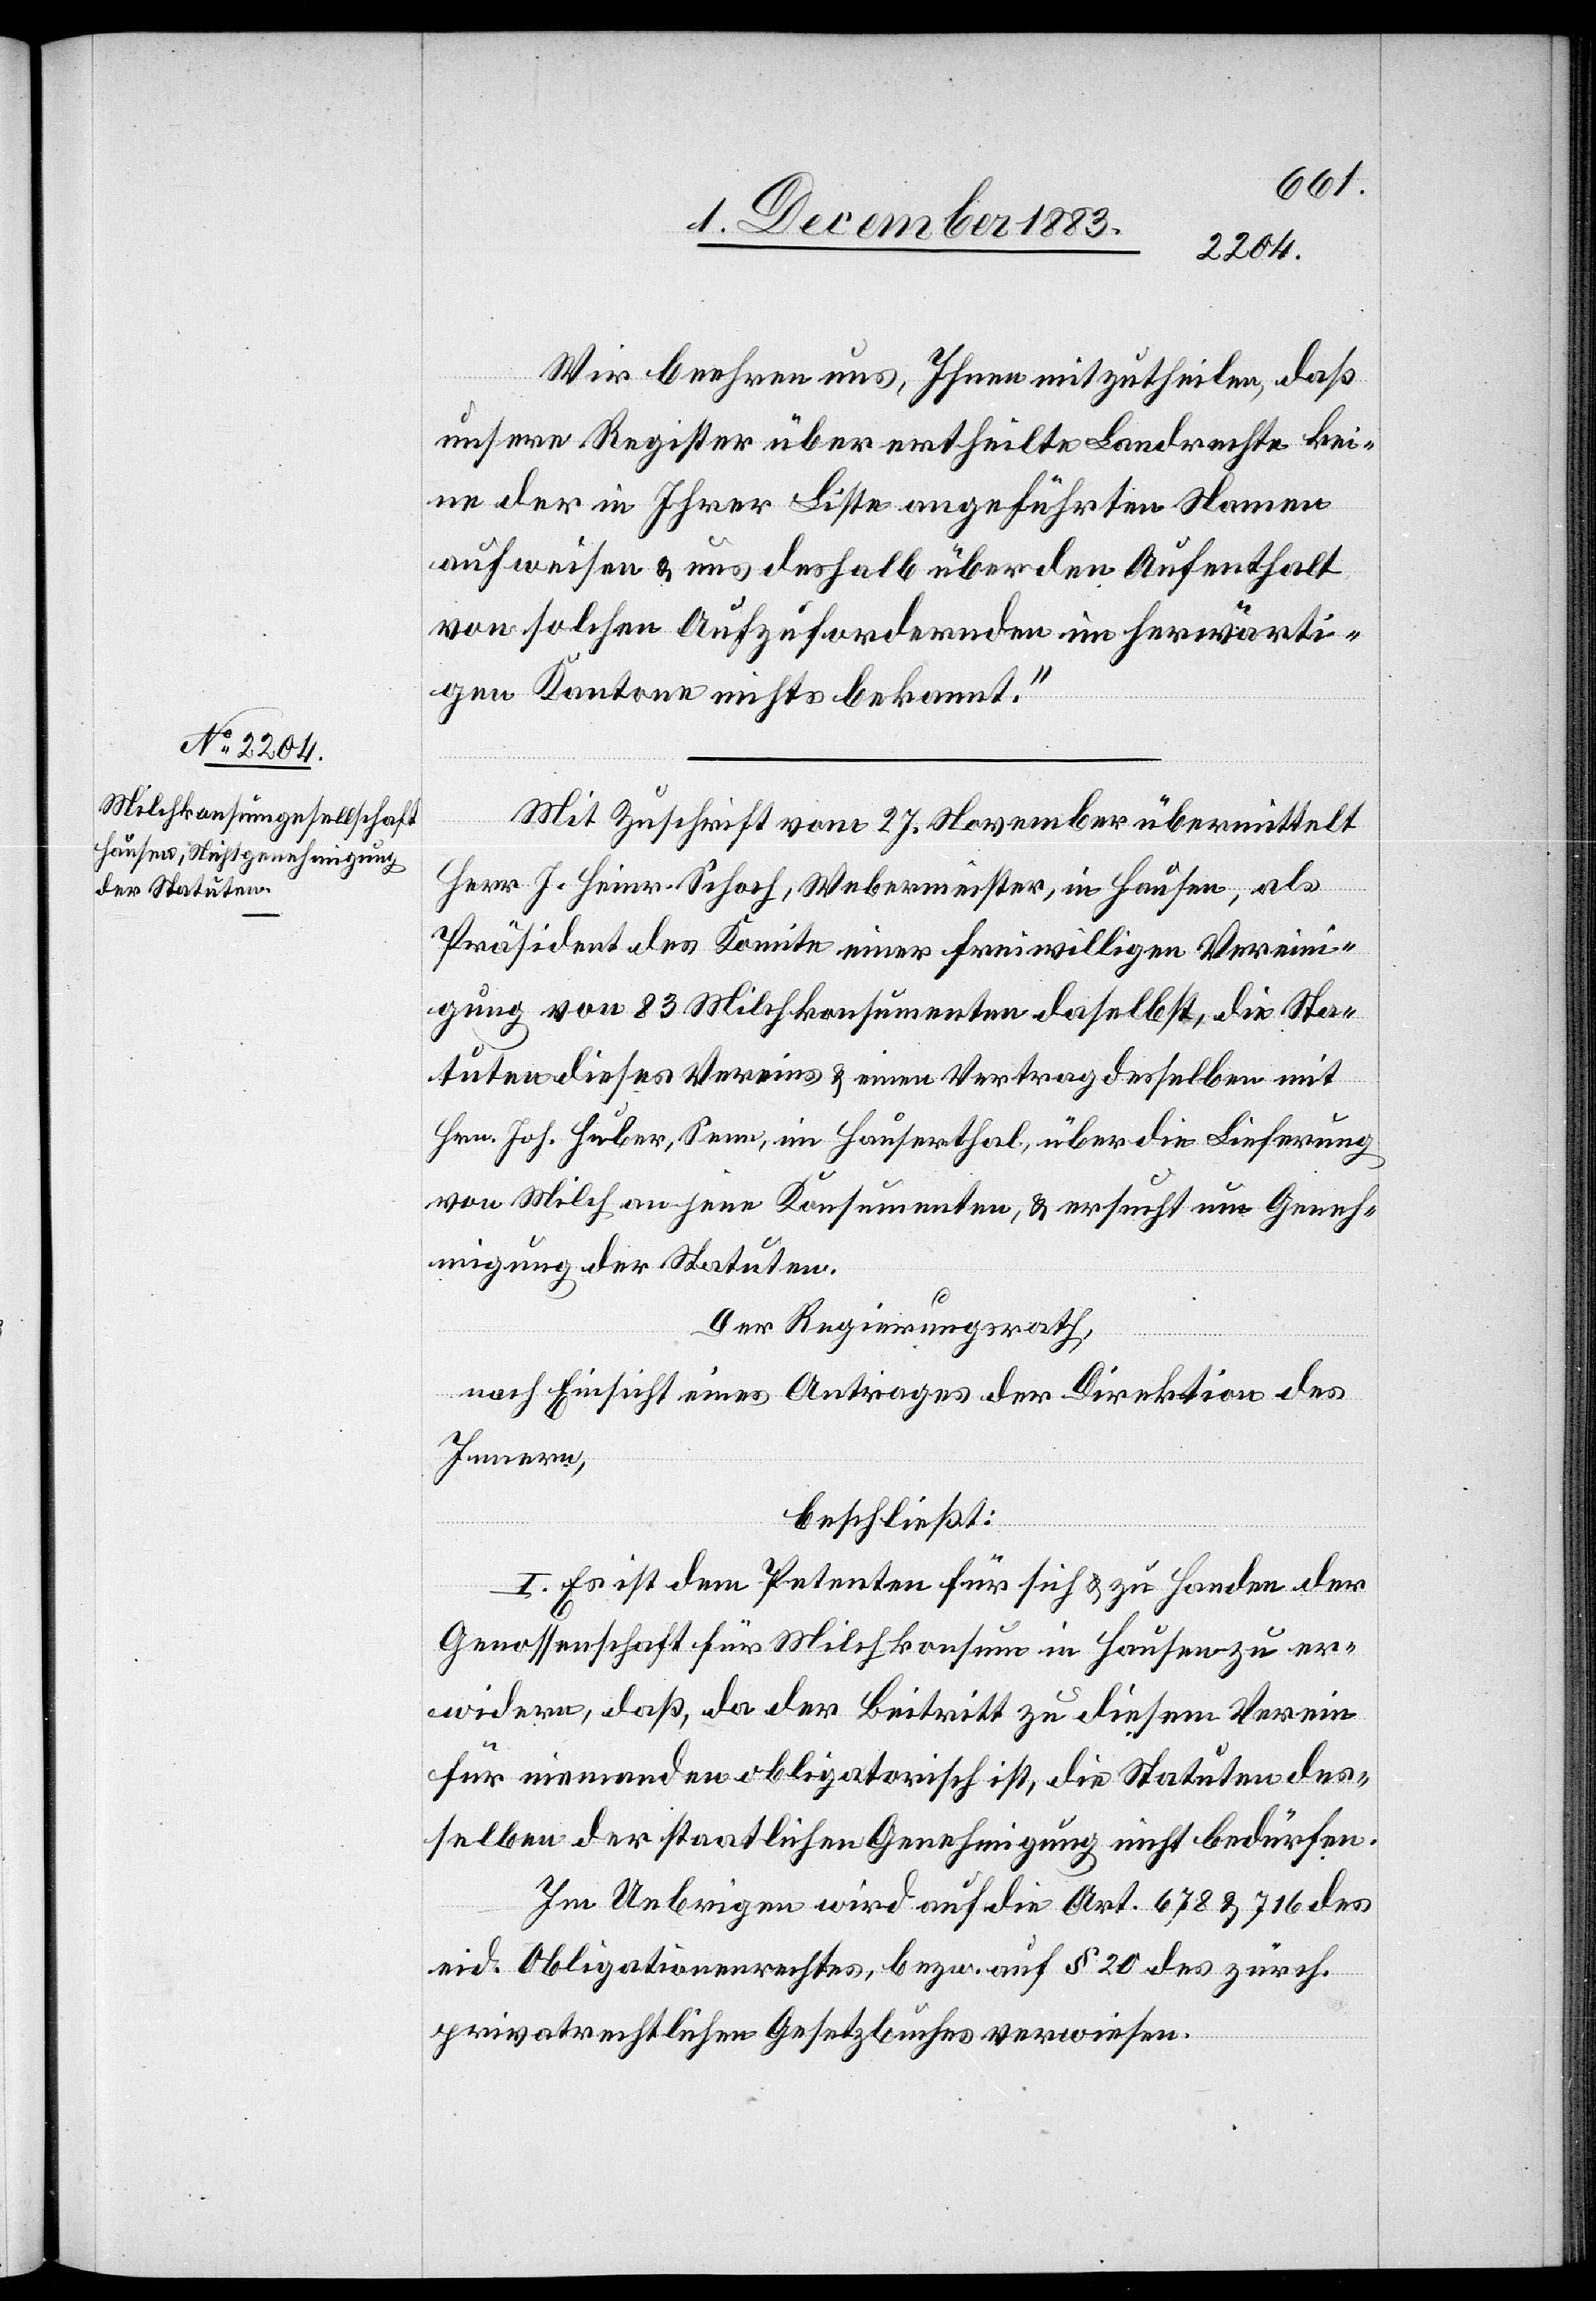
Wir beehren uns, Ihnen mitzutheilen, daß
unsere Register über ertheilte Landrechte kei¬
ne der in Ihrer Liste angeführten Namen
aufweisen & uns deshalb über den Aufenthalt
von solchen Aufzufordernden im herwärti¬
gen Kantone nichts bekannt.“
Mit Zuschrift vom 27. November übermittelt
Herr J. Heinr. Schoch, Webermeister, in Hausen, als
Präsident des Komite einer freiwilligen Vereini¬
gung von 83 Milchkonsumenten daselbst, die Sta¬
tuten dieses Vereins & einen Vertrag desselben mit
Hrn. Joh. Huber, Senn, im Hauserthal, über die Lieferung
von Milch an jene Konsumenten, & ersucht um Geneh¬
migung der Stauten.
Der Regierungsrath,
nach Einsicht eines Antrages der Direktion des
Innern,
beschließt:
I. Es ist dem Petenten für sich & zu Handen der
Genossenschaft für Milchkonsum in Hausen zu er¬
widern, daß, da der Beitritt zu diesem Verein
für niemanden obligatorisch ist, die Statuten des¬
selben der staatlichen Genehmigung nicht bedürfen.
Im Uebrigen wird auf die Art. 678 & 716 des
eid. Obligationenrechtes, bezw. auf § 20 des zürch.
privatrechtlichen Gesetzbuches verwiesen.